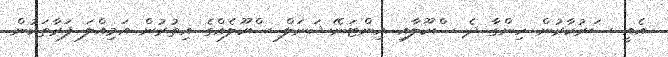
އެއީ ސަރުކާރުން ހިންގާ ދެ ސްކޫލާއި އިންޓަނޭޝަނަލް ސްކޫލެއްގެ އިތުރުން އަމިއްލަ ފަރާތަކުން